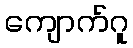
ကျောက်ဂူ